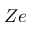
Z e